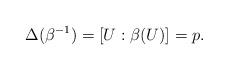
LaTeX: \begin{align*}\Delta(\beta^{-1})=[U:\beta(U)]=p.\end{align*}